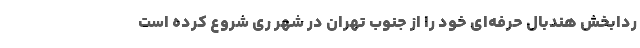
ردابخش هندبال حرفه‌ای خود را از جنوب تهران در شهر ری شروع کرده است